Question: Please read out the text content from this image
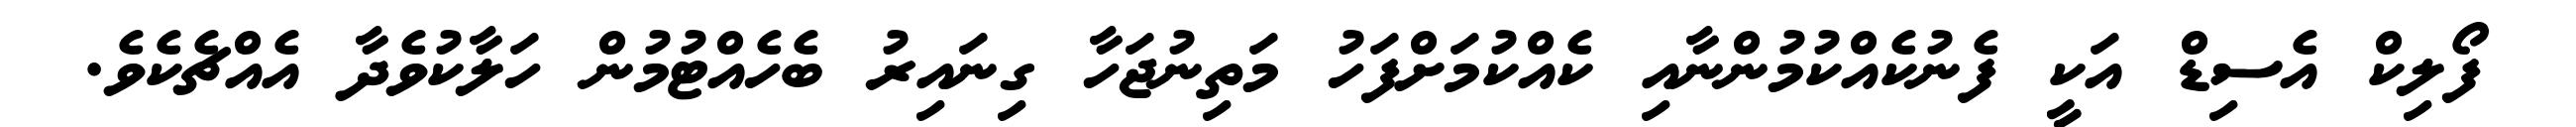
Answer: ފޯލިކް އެސިޑް އަކީ ފެނުކެއްކުމުންނާއި ކެއްކުމަށްފަހު މަތިނުޖަހާ ގިނައިރު ބެހެއްޓުމުން ހަލާކުވެދާ އެއްޗެކެވެ.